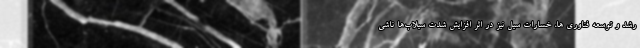
رشد و توسعه فناوری ها، خسارات سیل نیز در اثر افزایش شدت سیلاب‌ها ناشی